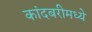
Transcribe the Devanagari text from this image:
कांदबरीमध्ये